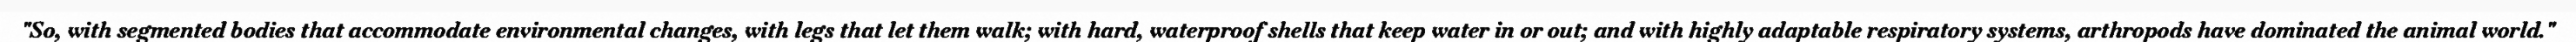
"So, with segmented bodies that accommodate environmental changes, with legs that let them walk; with hard, waterproof shells that keep water in or out; and with highly adaptable respiratory systems, arthropods have dominated the animal world."